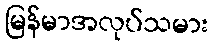
မြန်မာအလုပ်သမား